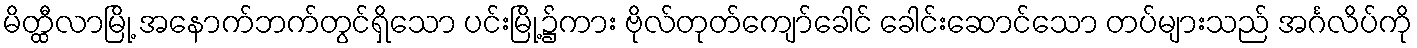
မိတ္ထီလာမြို့ အနောက်ဘက်တွင်ရှိသော ပင်းမြို့၌ကား ဗိုလ်တုတ်ကျော်ခေါင် ခေါင်းဆောင်သော တပ်များသည် အင်္ဂလိပ်ကို